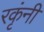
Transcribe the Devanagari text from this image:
रकृंनी